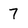
Character: 7